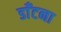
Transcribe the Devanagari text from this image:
डाँटना